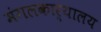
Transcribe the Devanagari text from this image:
मंगलकार्यालय